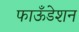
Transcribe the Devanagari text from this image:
फाऊँडेशन